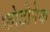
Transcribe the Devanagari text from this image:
फोटोपेक